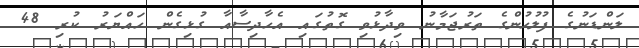
ލަންޑަނުގެ ފުލުހުންގެ ތަރުޖަމާނު ވިދާޅުވި ގޮތުގައި އެހާދިސާއާ ގުޅިގެން ހައްޔަރު ކުރި 48